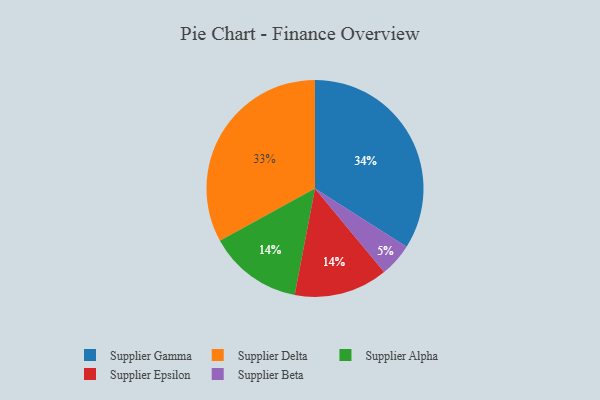
{"axis": {"x": "Category", "y": "Percentage"}, "legend": ["Supplier Alpha", "Supplier Beta", "Supplier Delta", "Supplier Epsilon", "Supplier Gamma"], "data": [{"x": "Supplier Gamma", "y": 34, "type": "Supplier Gamma"}, {"x": "Supplier Alpha", "y": 14, "type": "Supplier Alpha"}, {"x": "Supplier Beta", "y": 5, "type": "Supplier Beta"}, {"x": "Supplier Epsilon", "y": 14, "type": "Supplier Epsilon"}, {"x": "Supplier Delta", "y": 33, "type": "Supplier Delta"}]}